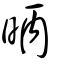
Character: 昞